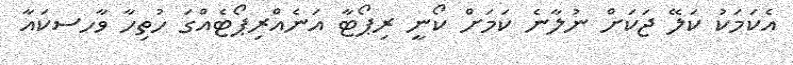
އެކަމަކު ކަލޭ ޖަކަށް ނުލާނެ ކަމަށް ކޯނީ ރިޕޯޓާ އަނެއްރިޕޯޓެއްގަ ހުތިހާ ވާހސކައާ